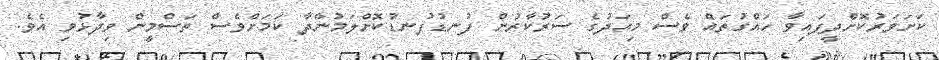
ކަށަވަރުކޮށްދީފައިވާ ހައްގުތައް ވެސް މިއަދުގެ ސަރުކާރުން ފުނޑުފުނޑުކޮށްލަމުންދާ ކަމަށްވެސް ތަސްމީން ވިދާޅުވި އެވެ.